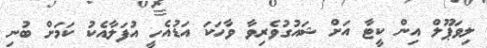
ލިވަޕޫލް އިން ކީޓާ އަށް ޝައުގުވެރިވާ ވާހަކަ އަޑުއެހީ އުފަލާއެކު ކަމަށް ބުނި